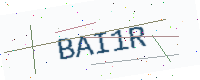
Text: BAI1R